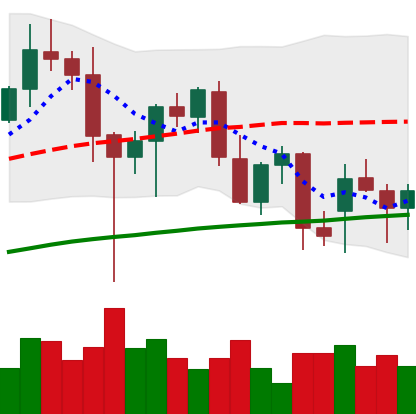
Ticker: ETH-USD
Chart end date: 2021-12-18
Forward return: 3.715%
Label: up_3_5